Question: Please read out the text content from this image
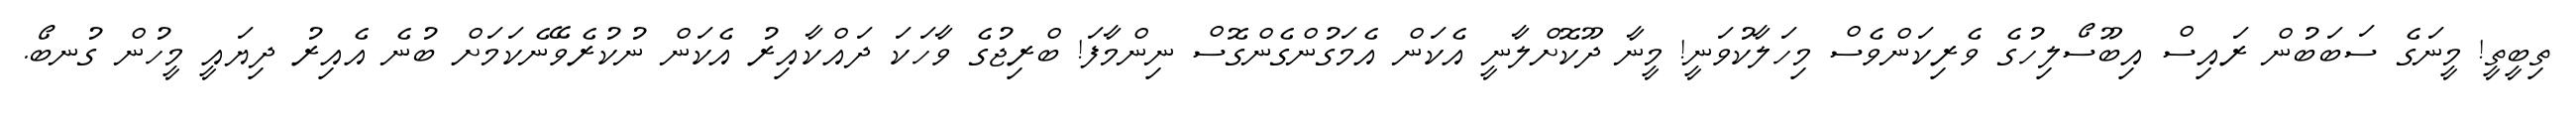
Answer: ތިބީތީ! މީނަގެ ސަބަބުން ރައިސް އިބޫސޯލިހުގެ ވެރިކަންވެސް މިހަލާކުވަނީ! މީނާ ދޫކޮށްލާނީ އެކަން އެމަގުންގެންގޮސް ނިންމާފަ! ބްރިޖުގެ ވާހަކަ ދައްކާއިރު އެކަން ނުކުރެވޭނެކަމަށް ބުނެ އެއިރު ދިޔައީ މީހުން ގުނބޯ.